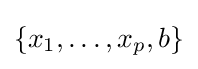
\{x_{1},\ldots ,x_{p},b\}